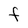
Character: F